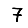
Digit: 7